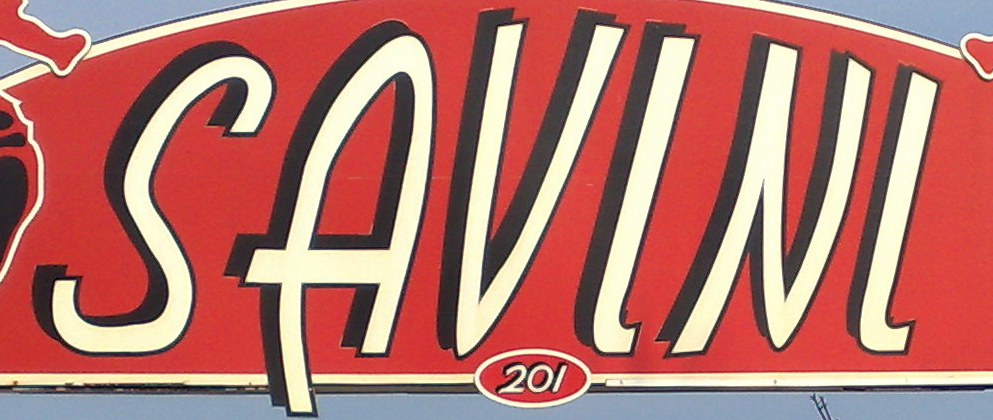
SAVLNL